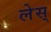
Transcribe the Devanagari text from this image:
लेस्